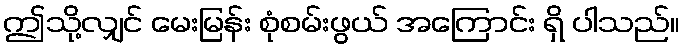
ဤသို့လျှင် မေးမြန်း စုံစမ်းဖွယ် အကြောင်း ရှိ ပါသည်။